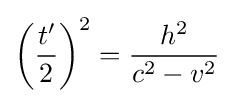
\left({\frac {t'}{2}}\right)^{2}={\frac {h^{2}}{c^{2}-v^{2}}}